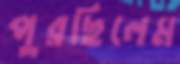
পুরছিলেম